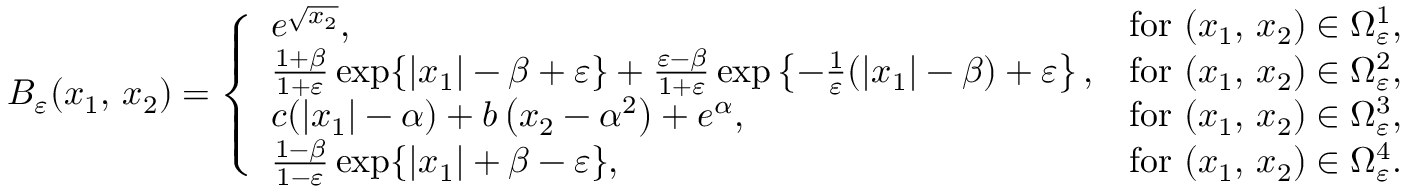
B _ { \varepsilon } ( x _ { 1 } , \, x _ { 2 } ) = \left\{ \begin{array} { l l } { e ^ { \sqrt { x _ { 2 } } } , } & { \mathrm { f o r ~ } ( x _ { 1 } , \, x _ { 2 } ) \in \Omega _ { \varepsilon } ^ { 1 } , } \\ { \frac { 1 + \beta } { 1 + \varepsilon } \exp \{ | x _ { 1 } | - \beta + \varepsilon \} + \frac { \varepsilon - \beta } { 1 + \varepsilon } \exp \left\{ - \frac { 1 } { \varepsilon } ( | x _ { 1 } | - \beta ) + \varepsilon \right\} , } & { \mathrm { f o r ~ } ( x _ { 1 } , \, x _ { 2 } ) \in \Omega _ { \varepsilon } ^ { 2 } , } \\ { c ( | x _ { 1 } | - \alpha ) + b \left( x _ { 2 } - \alpha ^ { 2 } \right) + e ^ { \alpha } , } & { \mathrm { f o r ~ } ( x _ { 1 } , \, x _ { 2 } ) \in \Omega _ { \varepsilon } ^ { 3 } , } \\ { \frac { 1 - \beta } { 1 - \varepsilon } \exp \{ | x _ { 1 } | + \beta - \varepsilon \} , } & { \mathrm { f o r ~ } ( x _ { 1 } , \, x _ { 2 } ) \in \Omega _ { \varepsilon } ^ { 4 } . } \end{array} \right.